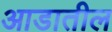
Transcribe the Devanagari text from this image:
आडातील